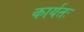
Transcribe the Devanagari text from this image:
कार्यतः